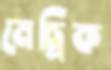
মেচ্রিক